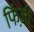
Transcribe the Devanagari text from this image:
फिंज़ी